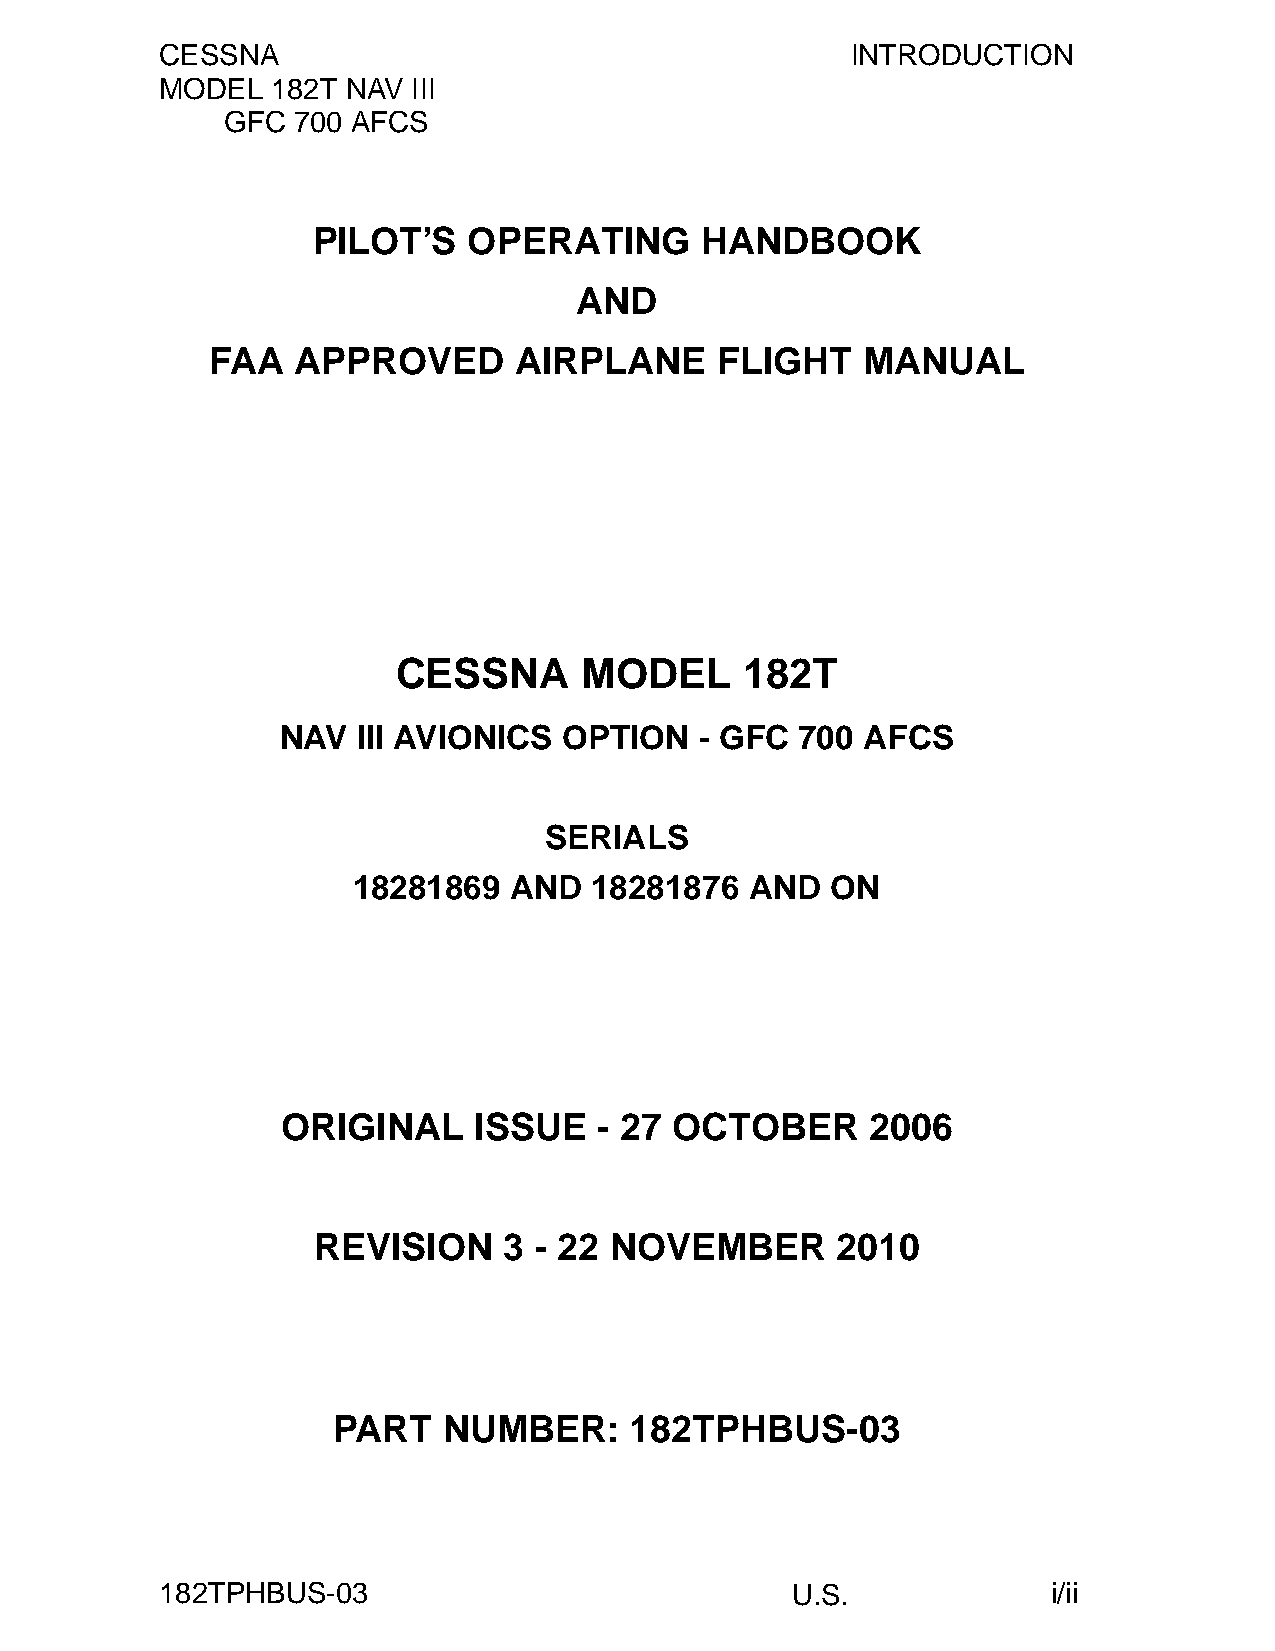
CESSNA                                       INTRODUCTION
 MODEL  182T NAV III
 GFC 700 AFCS
 PILOT’S   OPERATING      HANDBOOK
 AND
 FAA  APPROVED       AIRPLANE     FLIGHT    MANUAL
 CESSNA      MODEL      182T
 NAV  III AVIONICS OPTION   - GFC  700 AFCS
 SERIALS
 18281869   AND  18281876   AND  ON
 ORIGINAL    ISSUE    - 27 OCTOBER      2006
 REVISION    3 - 22 NOVEMBER       2010
 PART   NUMBER:      182TPHBUS-03
 182TPHBUS-03                             U.S.              i/ii